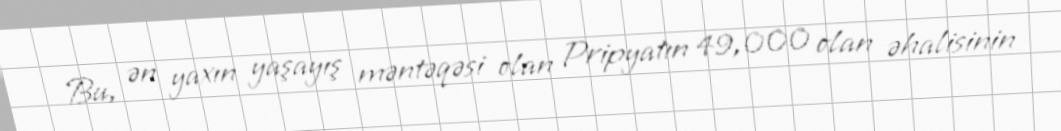
Bu, ən yaxın yaşayış məntəqəsi olan Pripyatın 49,000 olan əhalisinin